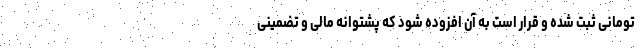
تومانی ثبت شده و قرار است به آن افزوده شود که پشتوانه مالی و تضمینی